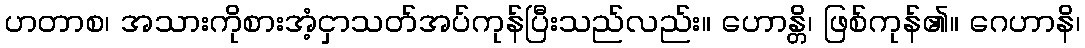
ဟတာစ၊ အသားကိုစားအံ့ငှာသတ်အပ်ကုန်ပြီးသည်လည်း။ ဟောန္တိ၊ ဖြစ်ကုန်၏။ ဂေဟာနိ၊